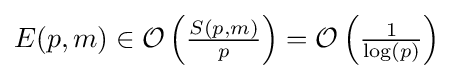
{\textstyle E(p,m)\in {\mathcal {O}}\left({\frac {S(p,m)}{p}}\right)={\mathcal {O}}\left({\frac {1}{\log(p)}}\right)}